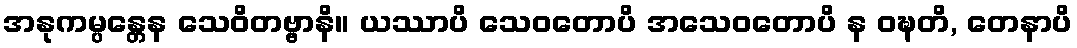
အနုကမ္ပန္တေန သေဝိတဗ္ဗာနိ။ ယဿာပိ သေဝတောပိ အသေဝတောပိ န ဝဍ္ဎတိ, တေနာပိ